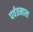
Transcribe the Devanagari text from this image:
पर्वतमाल